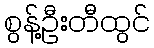
စွန့်ဦးတီထွင်